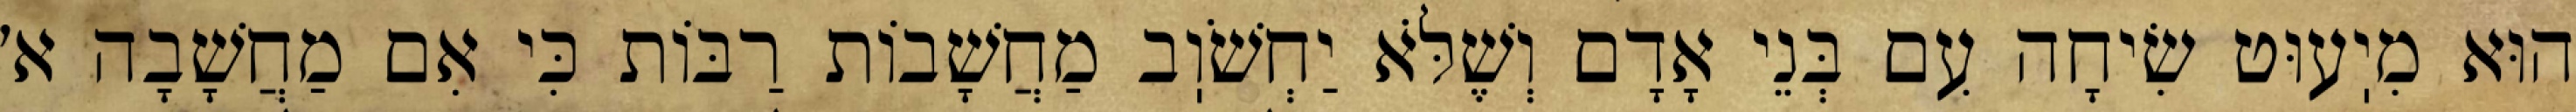
הוּא מִיֽעוּט שִׂיחָה עִם בְּנֵי אָדָם וְשֶׁלֹּא יַחְשֹׁוֽב מַחֲשָׁבוֹת רַבּוֹת כִּי אִם מַחֲשָׁבָה א׳